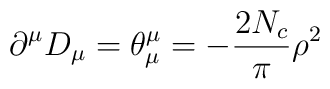
\partial^{\mu} D_{\mu} = \theta^{\mu}_{\mu} = -\frac{2N_c}{\pi} \rho^2